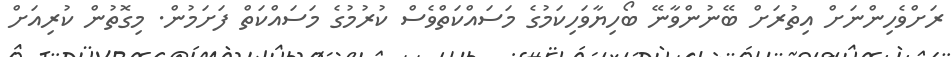
ރަށްވެހިންނަށް އިތުރަށް ބޭނުންވާނޭ ބޯހިޔާވަހިކަމުގެ މަސައްކަތްވެސް ކުރުމުގެ މަސައްކަތް ފަށަމުން. މިގޮތުން ކުރިއަށް